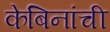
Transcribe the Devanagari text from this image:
केबिनांची